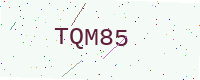
Text: TQM85